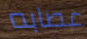
عصابه